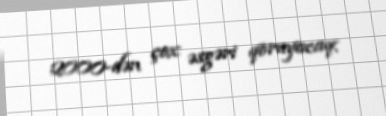
2000-dən çox əsgəri qoruyacaq.